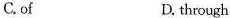
C. of D. through